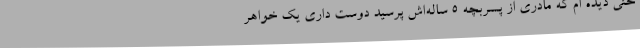
حتی دیده ام که مادری از پسربچه 5 ساله‌اش پرسید دوست داری یک خواهر